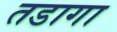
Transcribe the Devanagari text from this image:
तडागा